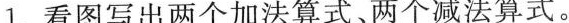
1. 看图写出两个加法算式、两个减法算式。